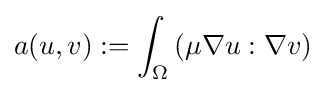
a(u,v):=\int _{\Omega }\left(\mu \nabla u:\nabla v\right)